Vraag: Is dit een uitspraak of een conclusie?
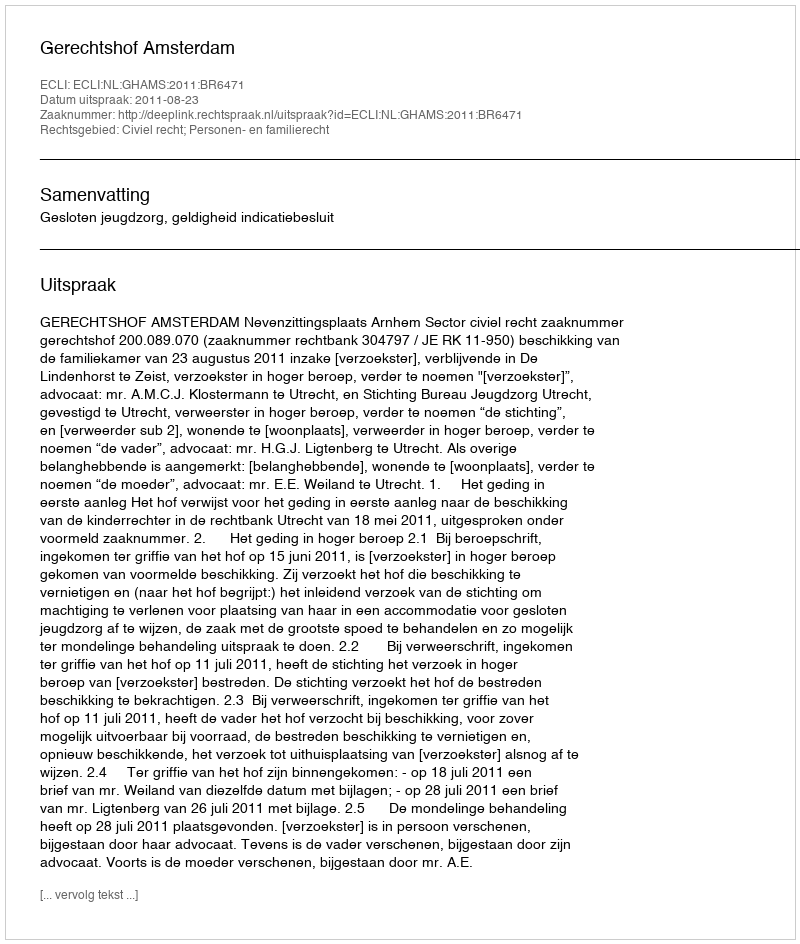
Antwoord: Uitspraak